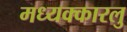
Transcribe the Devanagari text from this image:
मध्यक्कारलु